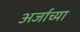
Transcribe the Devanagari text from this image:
अर्जाच्या